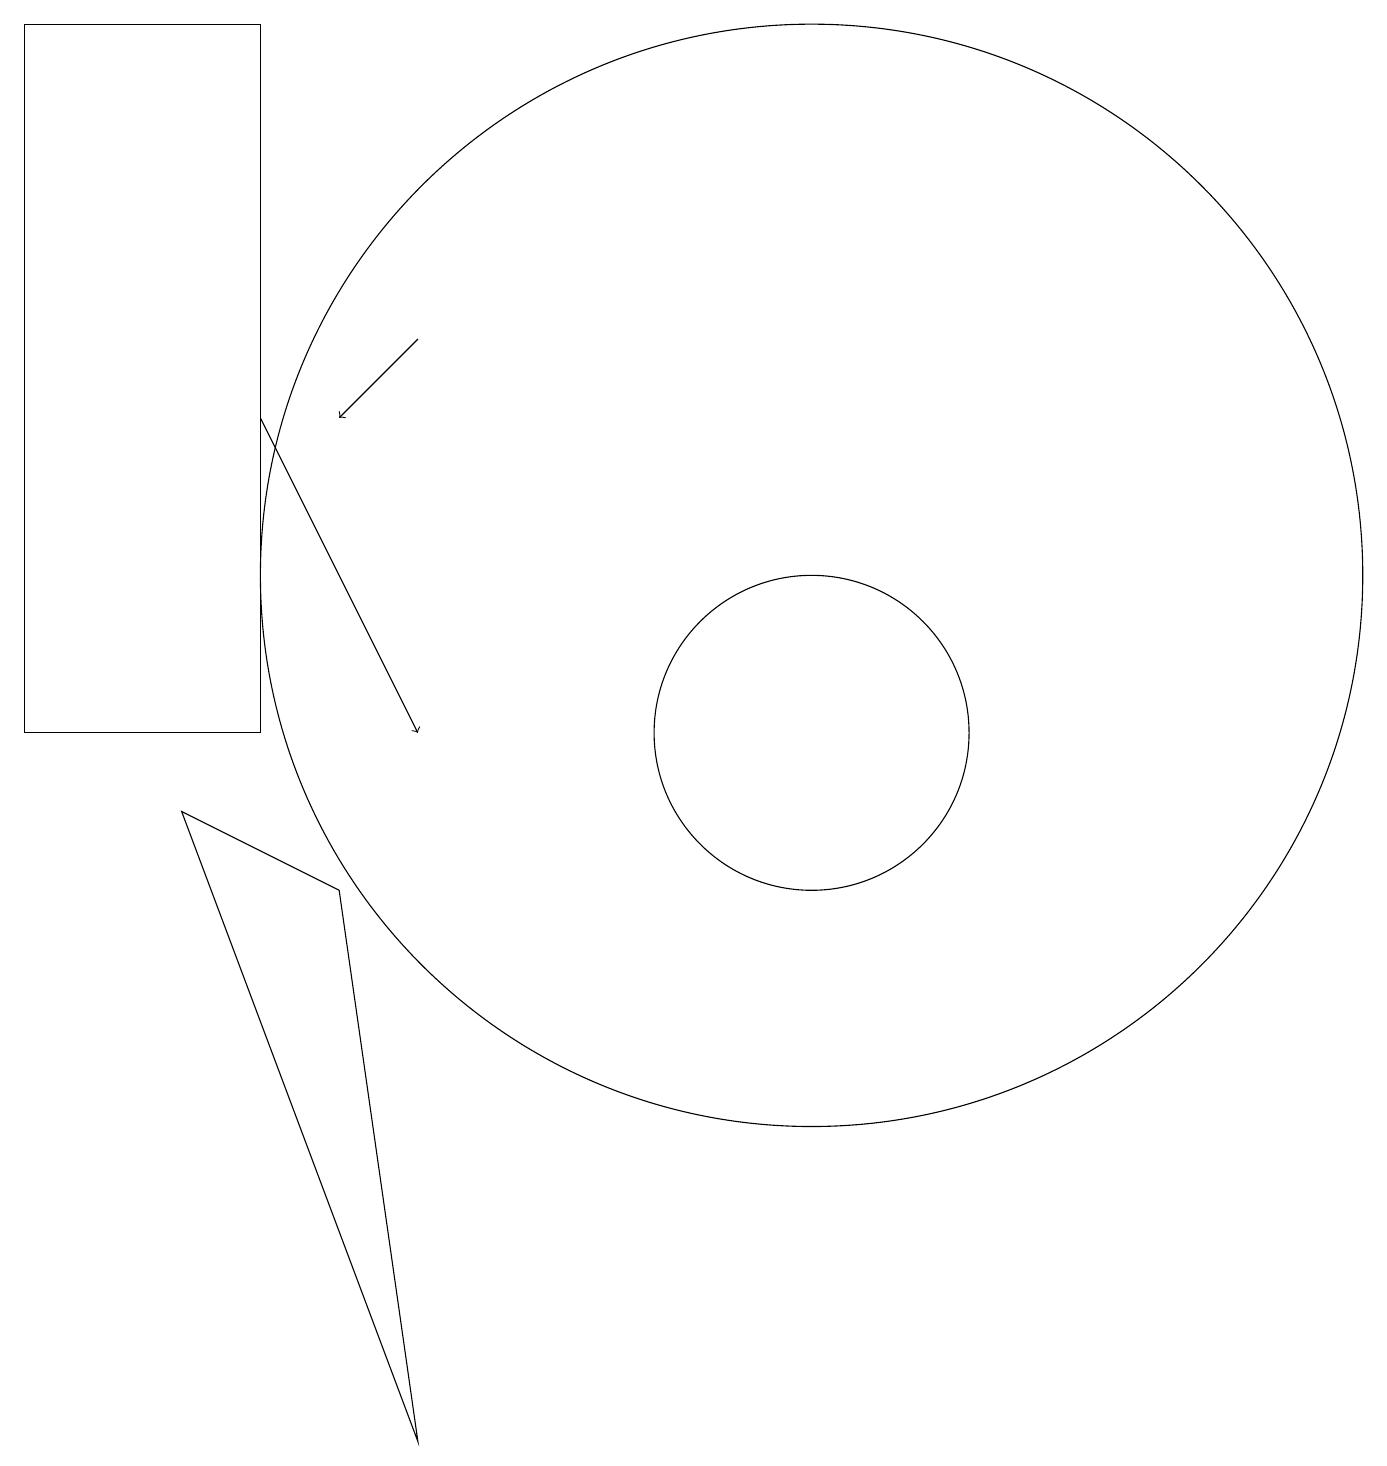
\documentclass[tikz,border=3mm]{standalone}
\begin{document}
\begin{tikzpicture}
\draw (10,10) circle (2);
\draw[->] (3,14) -- (5,10);
\draw (4,8) -- (5,1) -- (2,9) -- cycle;
\draw[->] (5,15) -- (4,14);
\draw (3,19) rectangle (0,10);
\draw (10,12) circle (7);
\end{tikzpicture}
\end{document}